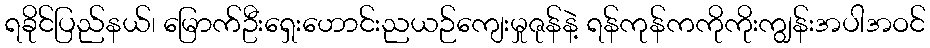
ရခိုင်ပြည်နယ်၊ မြောက်ဦးရှေးဟောင်းညယဉ်ကျေးမှုဇုန်နဲ့ ရန်ကုန်ကကိုကိုးကျွန်းအပါအဝင်